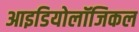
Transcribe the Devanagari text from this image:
आइडियोलॉजिकल